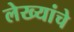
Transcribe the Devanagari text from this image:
लेख्यांचे